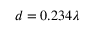
d = 0 . 2 3 4 \lambda